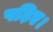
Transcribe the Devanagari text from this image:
पढ़िए।